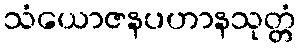
သံယောဇနပဟာနသုတ္တံ